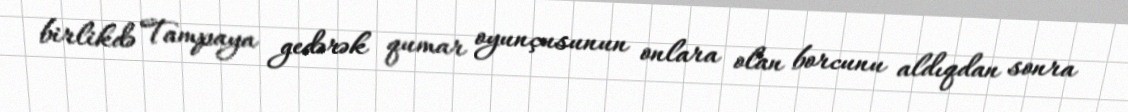
birlikdə Tampaya gedərək qumar oyunçusunun onlara olan borcunu aldıqdan sonra